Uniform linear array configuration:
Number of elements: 8
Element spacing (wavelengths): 0.5
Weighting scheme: blackman
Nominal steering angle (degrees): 30
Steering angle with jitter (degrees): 28.191
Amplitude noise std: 0.05
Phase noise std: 0.05

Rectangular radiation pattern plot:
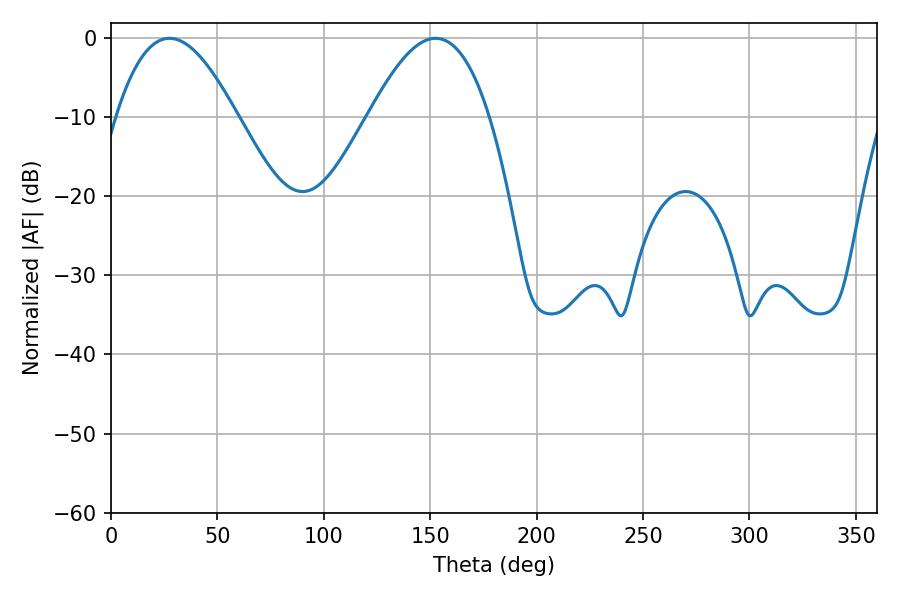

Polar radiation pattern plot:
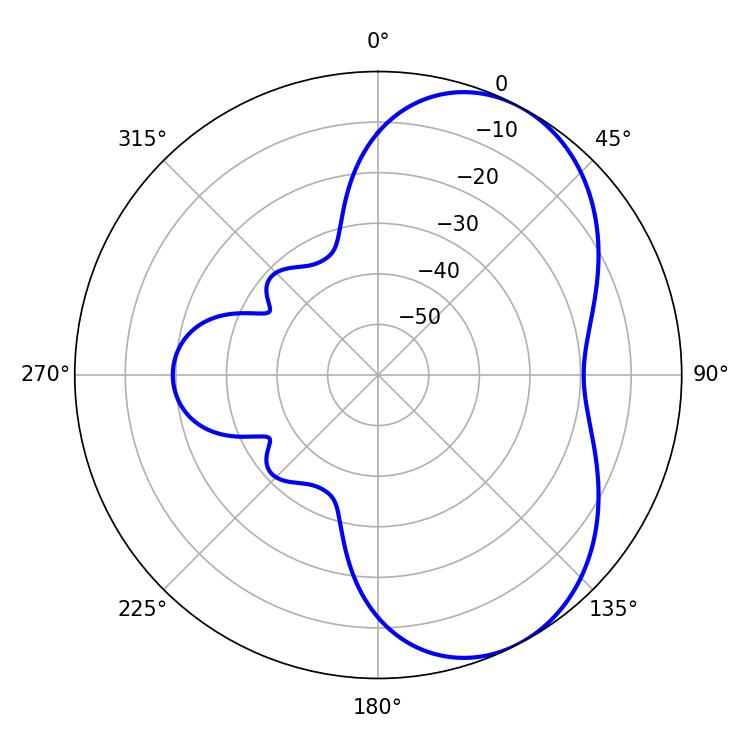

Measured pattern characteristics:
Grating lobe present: FALSE
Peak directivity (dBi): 5.473
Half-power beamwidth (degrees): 30.78
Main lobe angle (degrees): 27.54